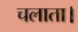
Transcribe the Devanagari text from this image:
चलाता।